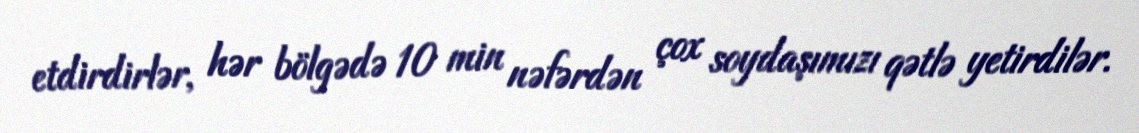
etdirdirlər, hər bölgədə 10 min nəfərdən çox soydaşımızı qətlə yetirdilər.